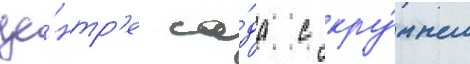
це́нтр'е са́да с кру́пным